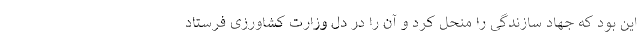
این بود که جهاد سازندگی را منحل کرد و آن را در دل وزارت کشاورزی فرستاد